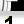
Digit: 1